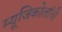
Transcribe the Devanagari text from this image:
म्‍यूजिकोलॉजी